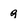
Character: g